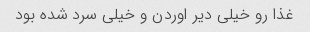
غذا رو خیلی دیر اوردن و خیلی سرد شده بود